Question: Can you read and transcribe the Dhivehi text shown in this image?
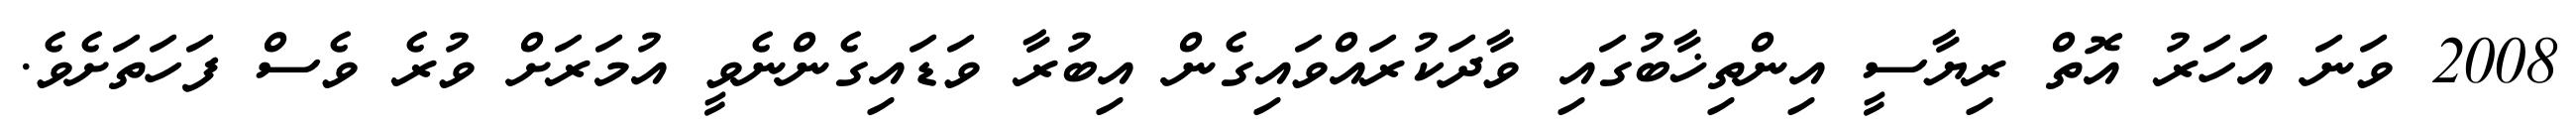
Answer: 2008 ވަނަ އަހަރު އޮތް ރިޔާސީ އިންތިޚާބުގައި ވާދަކުރައްވައިގެން އިބުރާ ވަޑައިގެންނެވީ އުމަރަށް ވުރެ ވެސް ފަހަތަށެވެ.